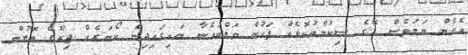
އެހެން ނަމަވެސް އޭގެ ސިކުންތުކޮޅެއް ފަހުން ވަލްބުއެނާ ނައިގައިދިން ކޯނަރެއް ޖިރޫގެ ބޮލުން